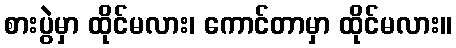
စားပွဲမှာ ထိုင်မလား၊ ကောင်တာမှာ ထိုင်မလား။